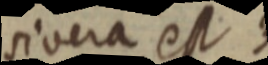
sivera est 3